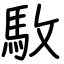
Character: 駇